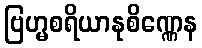
ဗြဟ္မစရိယာနုစိဏ္ဏေန